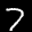
Label: 7